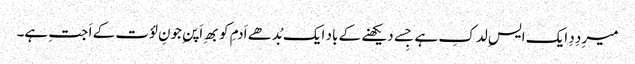
میرِ دِدِ ایک ایسِ لدکِ ہے جِسے دیکھنے کے باد ایک بُدھے اَدمِ کو بھِ اَپنِ جونِ لؤت کے اَ جتِ ہے۔